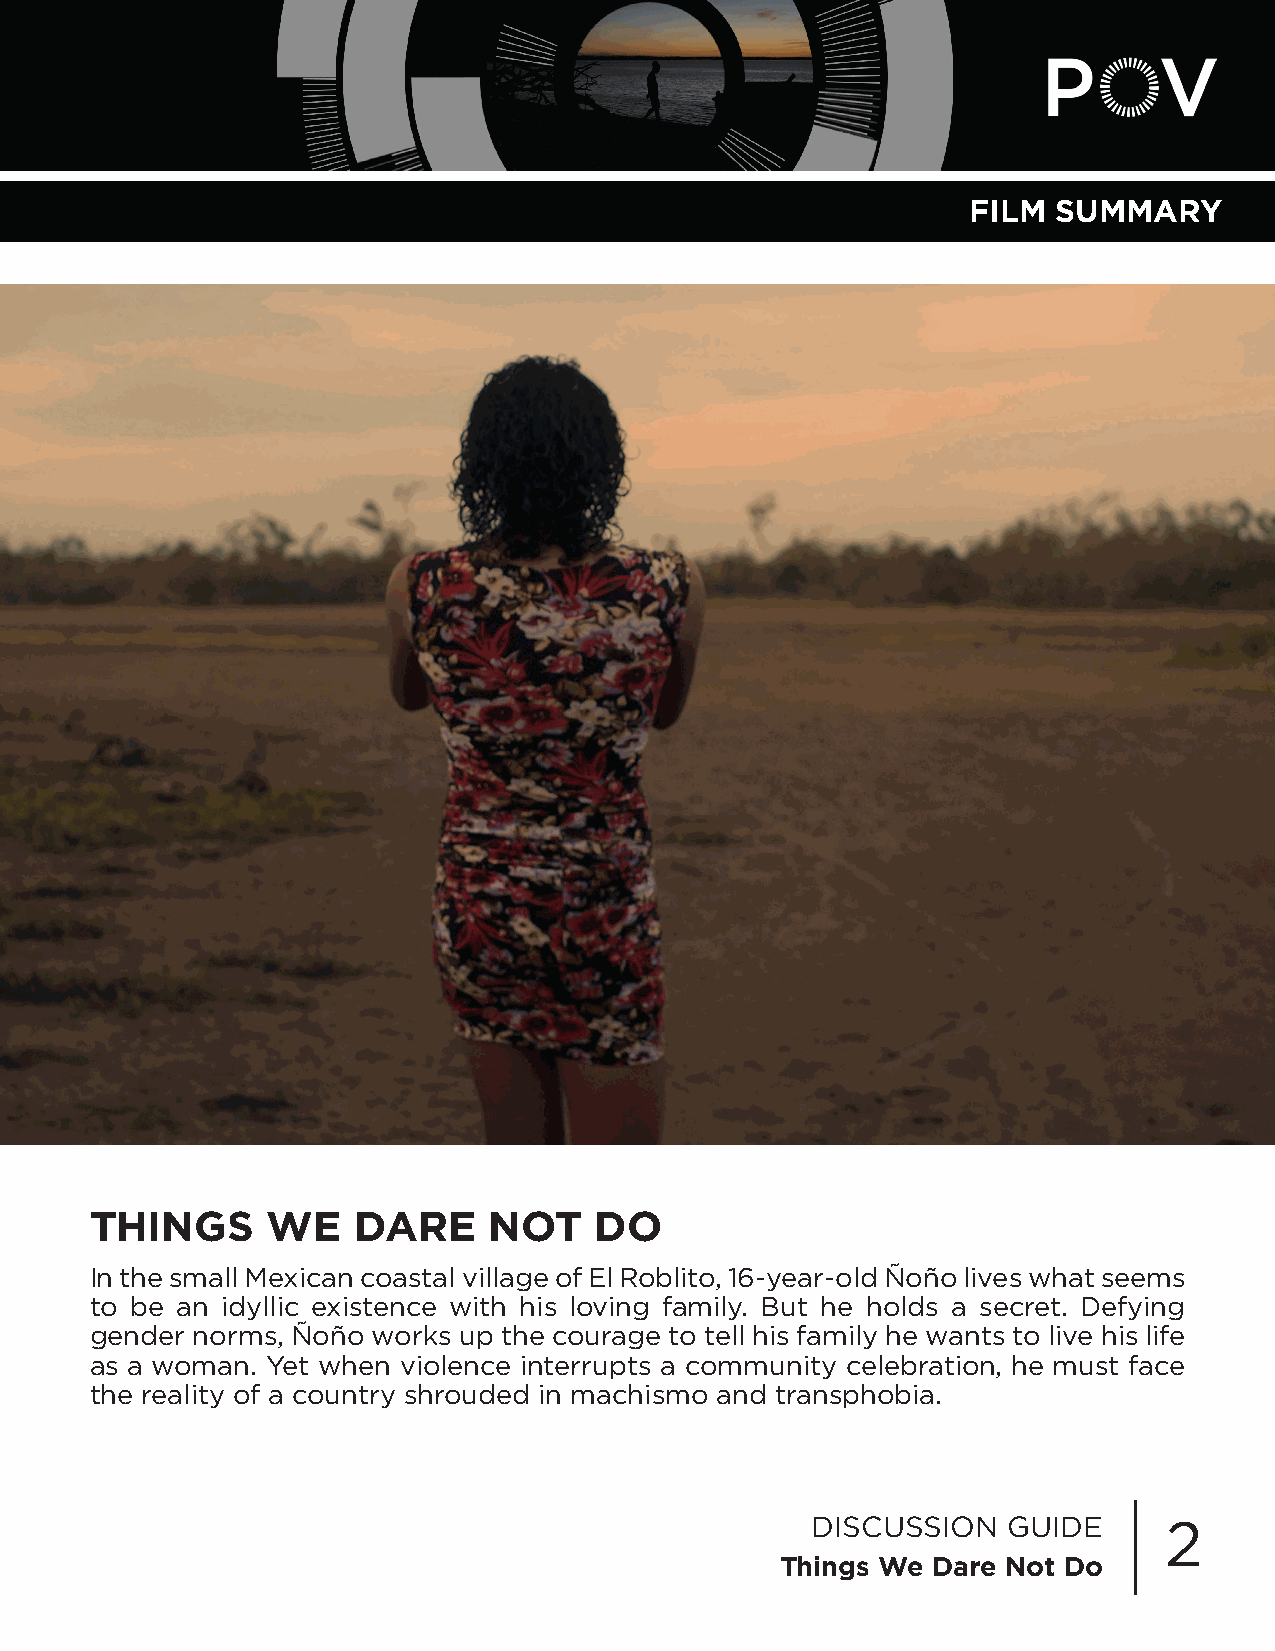
FILM  SUMMARY
 THINGS      WE   DARE     NOT    DO
 In the small Mexican coastal village of El Roblito, 16-year-old Ñoño lives what seems
 to be an idyllic existence with his loving family. But he holds a secret. Defying
 gender norms, Ñoño works up the courage to tell his family he wants to live his life
 as a woman. Yet when violence interrupts a community celebration, he must face
 the reality of a country shrouded in machismo and transphobia.
 DISCUSSION   GUIDE     2
 Things We Dare Not Do